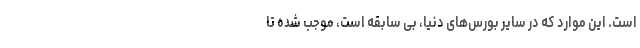
است. این موارد که در سایر بورس‌های دنیا، بی سابقه است، موجب شده تا